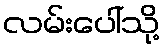
လမ်းပေါ်သို့